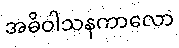
အဓိဝါသနကာလော